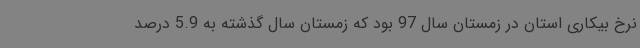
نرخ بیکاری استان در زمستان سال 97 بود که زمستان سال گذشته به 5.9 درصد